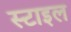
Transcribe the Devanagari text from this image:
स्‍टाइल